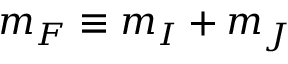
m _ { F } \equiv m _ { I } + m _ { J }